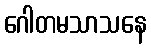
ဂေါတမသာသနေ